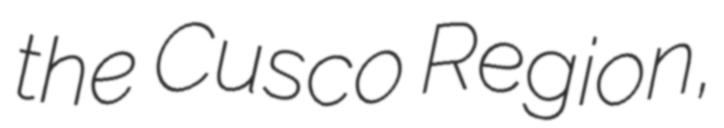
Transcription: the Cusco Region,